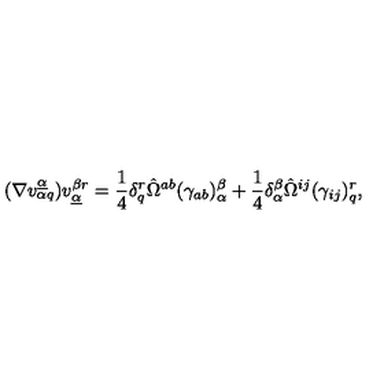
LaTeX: ( \nabla v _ { \alpha q } ^ { \underline { \alpha } } ) v _ { \underline { \alpha } } ^ { \beta r } = { \frac { 1 } { 4 } } \delta _ { q } ^ { r } \hat { \Omega } ^ { a b } ( \gamma _ { a b } ) _ { \alpha } ^ { \beta } + { \frac { 1 } { 4 } } \delta _ { \alpha } ^ { \beta } \hat { \Omega } ^ { i j } ( \gamma _ { i j } ) _ { q } ^ { r } ,